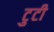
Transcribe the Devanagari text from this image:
टुटी